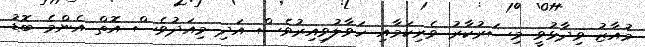
މުއާޒު ވިދާޅުވީ މިސަރުކާރު ވެރިކަމާއި ހަވާލުވިއިރުވެސް އަދި މިއަދުވެސް އޮތް އެންމެ ބޮޑު